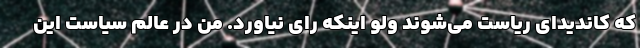
که کاندیدای ریاست می‌شوند ولو اینکه رای نیاورد. من در عالم سیاست این